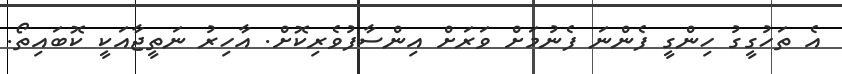
އެ ތަހުގީގު ހިންގީ ފެންނަ ފެނުމަށް ވަރަށް އިންސާފުވެރިކޮށް. އާހިރު ނަތީޖާއަކީ ކޮބައިތޯ.